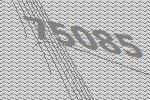
75085